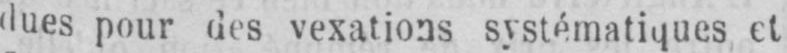
dues pour des vexations systématiques et